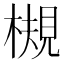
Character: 槻